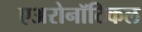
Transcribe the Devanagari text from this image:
एअरोनॉटिकल